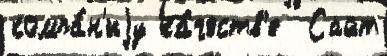
компа́н'иjу ка́честв'е  Сайт